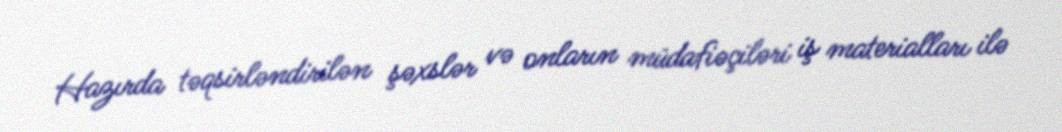
Hazırda təqsirləndirilən şəxslər və onların müdafiəçiləri iş materialları ilə